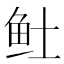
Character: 𬶂